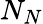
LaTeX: N_{N}